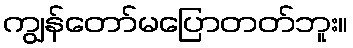
ကျွန်တော်မပြောတတ်ဘူး။